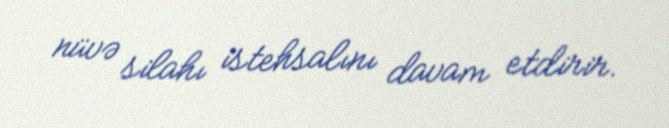
nüvə silahı istehsalını davam etdirir.